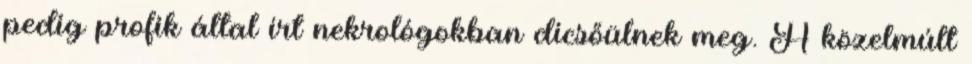
pedig profik által írt nekrológokban dicsőülnek meg. A közelmúlt